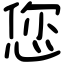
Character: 您